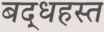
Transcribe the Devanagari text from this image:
बद्धहस्त